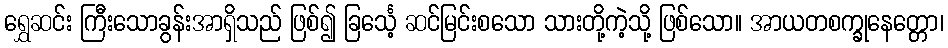
ရွှေဆင်း ကြီးသောခွန်းအာရှိသည် ဖြစ်၍ ခြင်္သေ့ ဆင်မြင်းစသော သားတို့ကဲ့သို့ ဖြစ်သော။ အာယတစက္ခုနေတ္တော၊